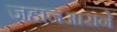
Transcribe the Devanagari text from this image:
जहानआराने